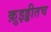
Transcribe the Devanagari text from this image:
क़ुइड्डीतच